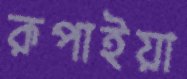
রূপাইয়া